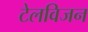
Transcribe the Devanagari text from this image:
टेलविजन